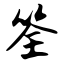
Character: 筌